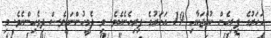
އަހަރުގެ ފިރިހެން ކުއްޖަކާއި 19 އަހަރުގެ ފިރިހެނެކެވެ. މި ދެމީހުންނަކީވެސް ދިވެހިންނެވެ. މި